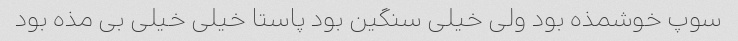
سوپ خوشمذه بود ولی خیلی سنگین بود پاستا خیلی خیلی بی مذه بود